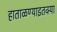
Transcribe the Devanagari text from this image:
हाताळण्याइतक्या